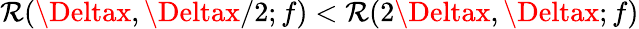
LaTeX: \mathcal{R}(\Deltax,\Deltax/2;f)<\mathcal{R}(2\Deltax,\Deltax;f)